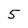
Character: 5